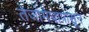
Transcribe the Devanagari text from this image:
तेजोमेघापासून